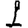
Digit: 1